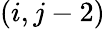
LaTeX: (i,j-2)